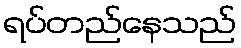
ရပ်တည်နေသည်